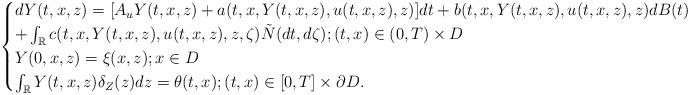
LaTeX: \begin{align*} \begin{cases}dY(t,x,z) = [A_uY(t,x,z)+a(t,x,Y(t,x,z),u(t,x,z),z)]dt + b(t,x,Y(t,x,z),u(t,x,z),z)dB(t)\\ + \int_{\mathbb{R}} c(t,x,Y(t,x,z),u(t,x,z),z,\zeta)\tilde{N}(dt,d\zeta); (t,x)\in (0,T)\times D\\ Y(0,x,z)=\xi(x,z); x\in D \\\int_{\mathbb{R}}Y(t,x,z)\delta_Z(z)dz=\theta(t,x); (t,x)\in[0,T]\times \partial D.\end{cases}\end{align*}